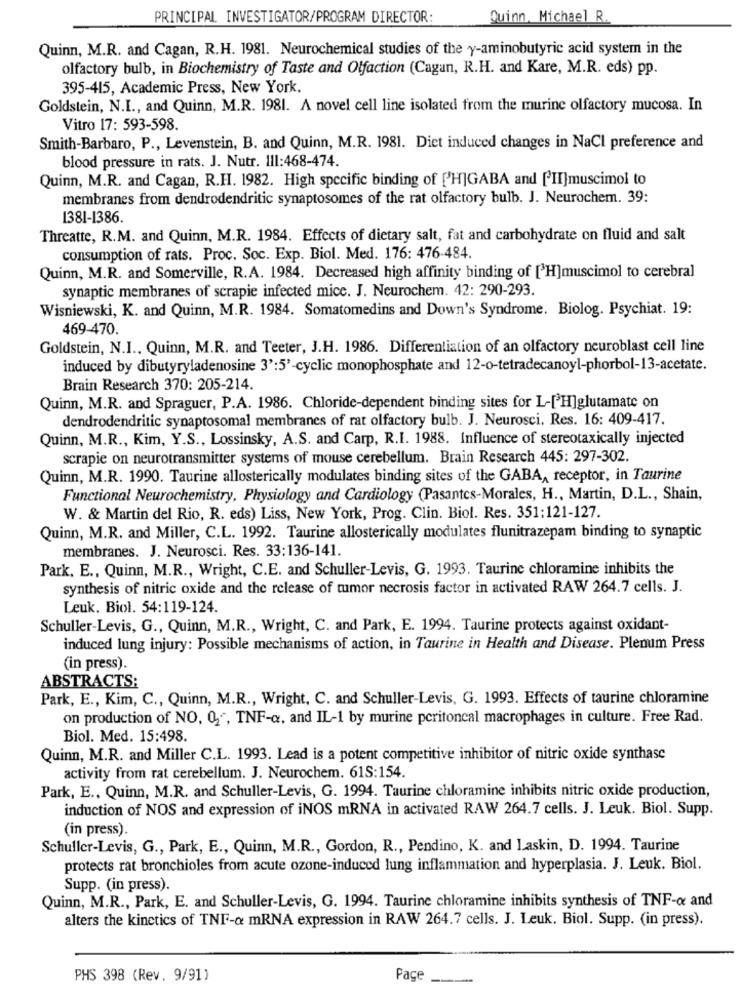
PRINCIPAL INVESTIGATOR/PROGRAM DIRECTOR:
Quinn, Michael R.
Quinn, M.R. and Cagan, R.H. 1981. Neurochemical studies of the y-aminobutyric acid system in the
olfactory bulb, in Biochemistry of Taste and Olfaction (Cagan, R.H. and Kare, M.R. eds) pp.
395-415, Academic Press, New York.
Goldstein, N.I ., and Quinn, M.R. 1981. A novel cell line isolated from the murine olfactory mucosa. In
Vitro 17: 593-598.
Smith-Barbaro, P ., Levenstein, B. and Quinn, M.R. 1981. Diet induced changes in NaCl preference and
blood pressure in rats. J. Nutr. Ill:468-474.
Quinn, M.R. and Cagan, R.H. 1982. High specific binding of [H]GABA and [II]muscimol to
membranes from dendrodendritic synaptosomes of the rat olfactory bulb. J. Neurochem. 39:
1381-1386
Threatte, R.M. and Quinn, M.R. 1984. Effects of dietary salt, fat and carbohydrate on fluid and salt
consumption of rats. Proc. Soc. Exp. Biol. Med. 176: 476-484.
Quinn, M.R. and Somerville, R.A. 1984. Decreased high affinity binding of [H]muscimol to cerebral
synaptic membranes of scrapie infected mice. J. Neurochem. 42: 290-293.
Wisniewski, K. and Quinn, M.R. 1984. Somatomedins and Down's Syndrome. Biolog. Psychiat. 19:
469-470.
Goldstein, N.I ., Quinn, M.R. and Teeter, J.H. 1986. Differentiation of an olfactory neuroblast cell line
induced by dibutyryladenosine 3':5'-cyclic monophosphate and 12-o-tetradecanoyl-phorbol-13-acetate.
Brain Research 370: 205-214.
Quinn, M.R. and Spraguer, P.A. 1986. Chloride-dependent binding sites for L-[H]glutamate on
dendrodendritic synaptosomal membranes of rat olfactory bulb. J. Neurosci. Res. 16: 409-417.
Quinn, M.R ., Kim, Y.S ., Lossinsky, A.S. and Carp, R.I. 1988. Influence of stereotaxically injected
scrapie on neurotransmitter systems of mouse cerebellum. Brain Research 445: 297-302.
Quinn, M.R. 1990. Taurine allosterically modulates binding sites of the GABA, receptor, in Taurine
Functional Neurochemistry, Physiology and Cardiology (Pasantes-Morales, H ., Martin, D.L ., Shain,
W. & Martin del Rio, R. eds) Liss, New York, Prog. Clin. Biol. Res. 351:121-127.
Quinn, M.R. and Miller, C.L. 1992. Taurine allosterically modulates flunitrazepam binding to synaptic
membranes. J. Neurosci. Res. 33:136-141.
Park. E ., Quinn, M.R ., Wright, C.E. and Schuller-Levis, G. 1993. Taurine chloramine inhibits the
synthesis of nitric oxide and the release of tumor necrosis factor in activated RAW 264.7 cells. J.
Leuk. Biol. 54:119-124.
Schuller-Levis, G ., Quinn, M.R ., Wright, C. and Park, E. 1994. Taurine protects against oxidant-
induced lung injury: Possible mechanisms of action, in Taurine in Health and Disease. Plenum Press
(in press).
ABSTRACTS:
Park, E ., Kim, C ., Quinn, M.R ., Wright, C. and Schuller-Levis, G. 1993. Effects of taurine chloramine
on production of NO, 0,", TNF-a, and IL-1 by murine peritoneal macrophages in culture. Free Rad.
Biol. Med. 15:498.
Quinn, M.R. and Miller C.L. 1993. Lead is a potent competitive inhibitor of nitric oxide synthase
activity from rat cerebellum. J. Neurochem. 61S:154.
Park, E ., Quinn, M.R. and Schuller-Levis, G. 1994. Taurine chloramine inhibits nitric oxide production,
induction of NOS and expression of iNOS mRNA in activated RAW 264.7 cells. J. Leuk. Biol. Supp.
(in press).
Schuller-Levis, G ., Park, E ., Quinn, M.R ., Gordon, R ., Pendino, K. and Laskin, D. 1994. Taurine
protects rat bronchioles from acute ozone-induced lung inflammation and hyperplasia. J. Leuk. Biol.
Supp. (in press).
Quinn, M.R ., Park, E. and Schuller-Levis, G. 1994. Taurine chloramine inhibits synthesis of TNF-& and
alters the kinetics of TNF-& mRNA expression in RAW 264.7 cells. J. Leuk. Biol. Supp. (in press).
PHS 398 (Rev. 9/91)
Pace
-